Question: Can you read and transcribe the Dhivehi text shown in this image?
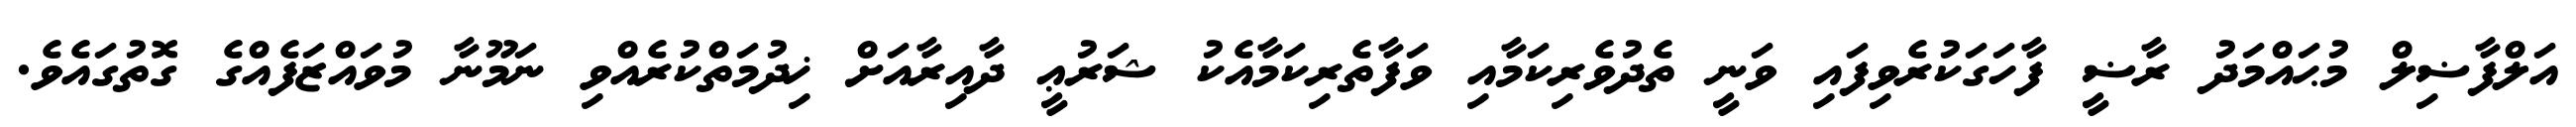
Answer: އަލްފާޟިލް މުޙައްމަދު ރާޟީ ފާހަގަކުރެވިފައި ވަނީ ތެދުވެރިކަމާއި ވަފާތެރިކަމާއެކު ޝަރުޢީ ދާއިރާއަށް ޚިދުމަތްކުރެއްވި ނަމޫނާ މުވައްޒަފެއްގެ ގޮތުގައެވެ.